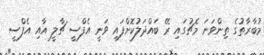
މުބާރާތުގެ ތިންވަނަ މެޗުގައި ރޭ ބައްދަލުކޮށްފައި ވަނީ އެފްސީ ޗާލީ އާއި އެފްސީ